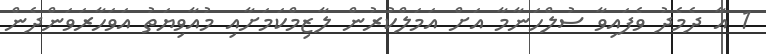
1 އާ ދެމެދު ވެފައިވާ ސުލްހަނާމާ އަށް އަމަލްކުރުން ލާޒިމްކަމަށާއި މުއާވިޔަތު އަވަހާރަވަންދެން